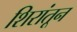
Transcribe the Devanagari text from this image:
शिरांतून